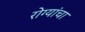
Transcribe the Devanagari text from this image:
रोग्यांचा